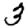
Digit: 3